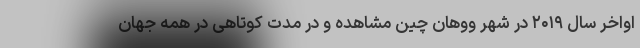
اواخر سال ۲۰۱۹ در شهر ووهان چین مشاهده و در مدت کوتاهی در همه جهان